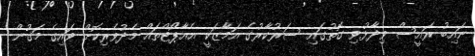
ނައިބު ރައީސް ވިދާޅުވި ގޮތުގައި ސަރުކާރުގެ އަމާޒަކީ އެއާޕޯޓްތައް މެދުވެރިކޮށް ވައިގެ މަގުން